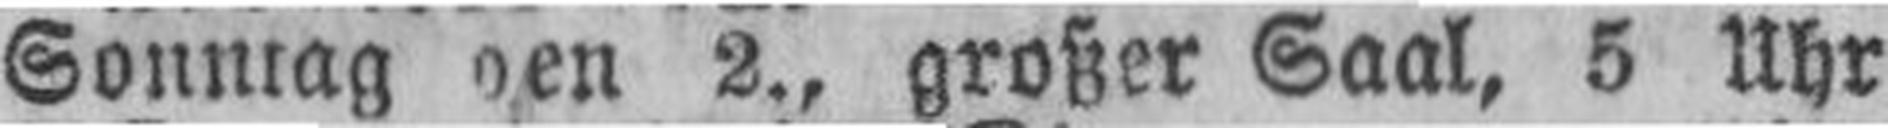
Sonntag den 2., großer Saal, 5 Uhr